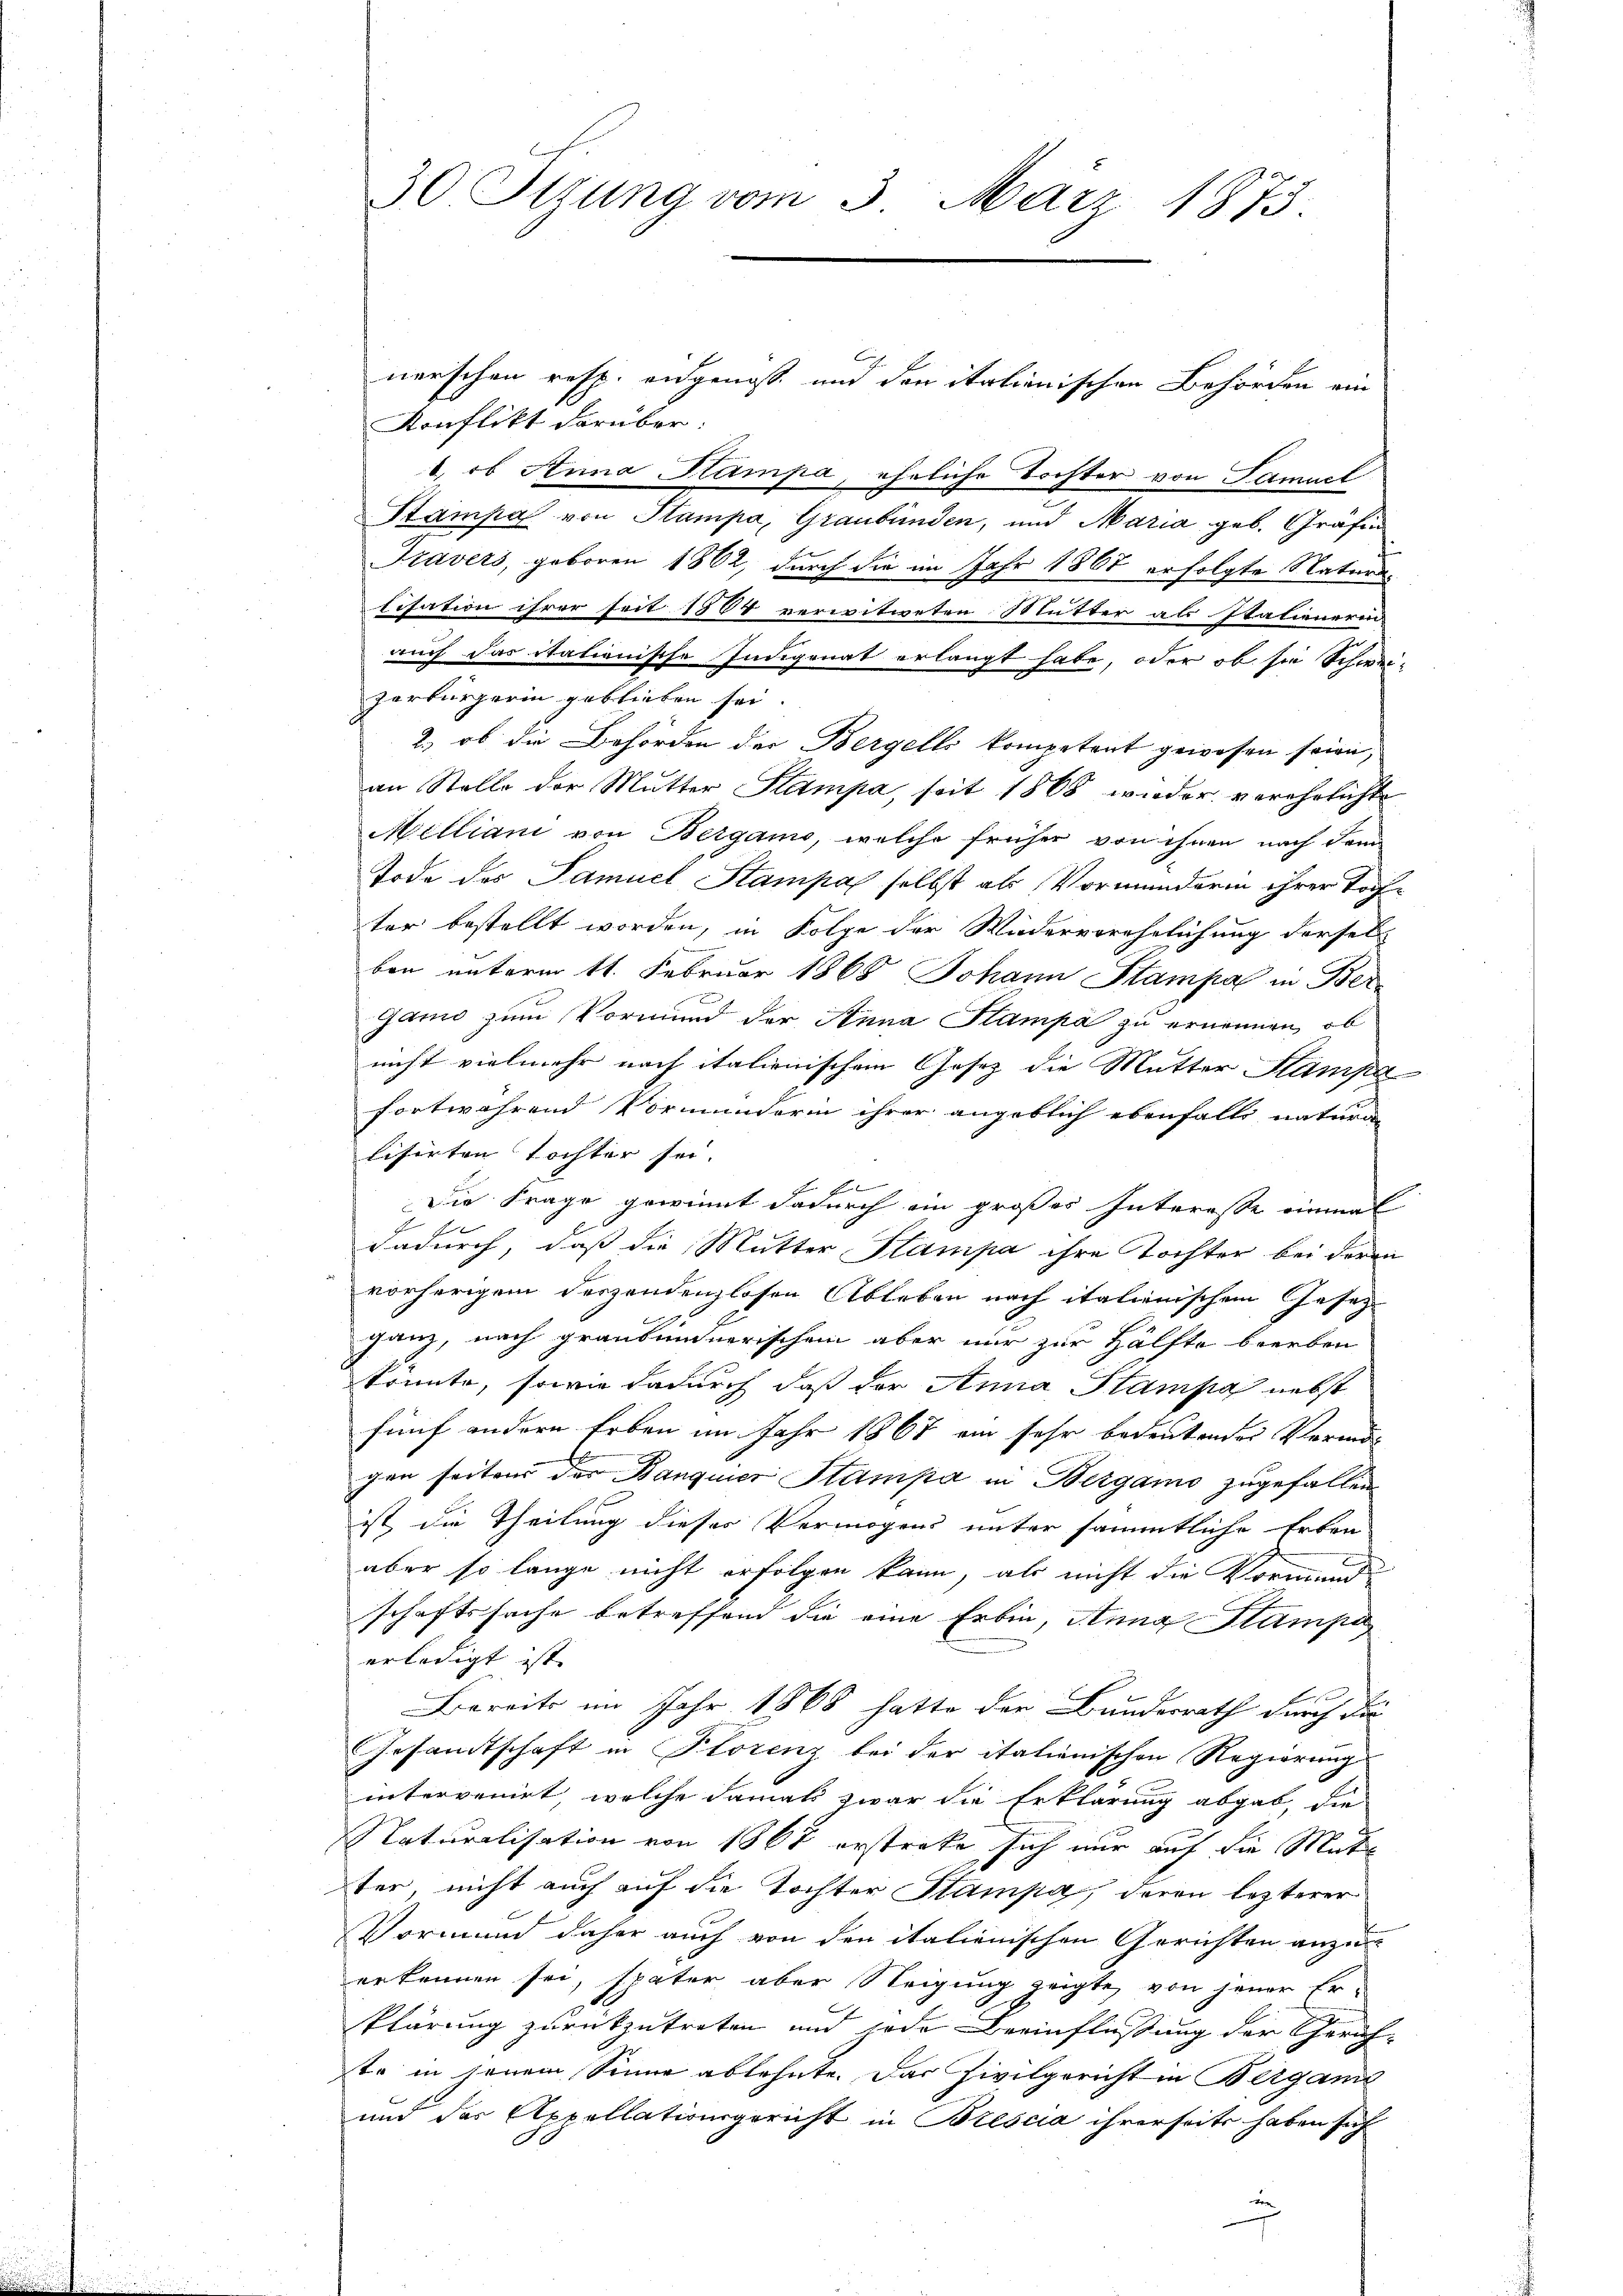
nerschen resp. eidgenoss und den italienischen Behörden ein
Konflikt darüber.
1., ob Anna Stampa, eheliche Tochter von Samuel
Stampa von Stampa, Graubünden, und Maria geb. Gräfin
Kavers, geboren 1862, durch die im Jahr 1867 erfolgte Natura¬
Eisation ihrer seit 1804 verwitweten Mutter als Stationerin
auch das itationische Indigenat erlangt habe, oder ob sie Schwei-
zerbürgerin geblieben sei.
2., ob die Behörden der Bergells kompetent gewesen seien,
an Stelle der Mutter Stampa, seit 1868 wieder verehelichte
Milliani von Bergamo, welche früher von ihnen nach dem
Tode des Samuel Stampal selbst als Vormunderin ihrer Tochter bestellt worden, in Folge der Wiederverehelichung dersel-
ben unterm 11. Februar 1868 Johann Stampal in Ber
Ganio zum Vormund der Anna Stampa zu ernennen, ob
nicht vielmehr nach italienischem Gesetz die Mutter Stampa
fortwährend Vormunderin ihrer angeblich ebenfalls natura
lisirten Tochter sei.
F
Die Frage gewinnt dadurch ein großes Interesse einmal
dadurch, daß die Mutter Stampa ihre Tochter bei deren
vorherigem derzendenzlosen Ableben nach italienischem Gesetz
h
ganz, nach graubündnerischem aber mir zur Hälfte beerben
könnte, sowie dadurch daß der Anna Stampa nebst
fünf andern Erben im Jahr 1867 ein sehr bedeutendes Vermögen seitens der Banquier Stampa in Bergamo zugefallen
ist die Theilung dieses Vermögens unter sämmtliche Erben
aber so lange nicht erfolgen kann, als nicht die Vormund-
schaftssache betreffend die eine Erbin, Anna Stampa
erledigt ist. |
Bereits im Jahr 1868 hatte der Bundesrath durch die
Gesandtschaft in Florenz bei der italienischen Regierung
intervenirt, welche damals zwar die Erklärung abgab, die
Naturalisation von 1868 erstreke sich nur auf die Mate
ter nicht auch auf die Tochter Stampa, deren lezterer
Vormund daher auch von den italienischen Gerichten anzuerkennen sei, später aber Neigung zeigte, von jener Er-
klärung zurückzutreten und jede Beeinflußung der Gerichte in seinem Sinne ablehnte. Das Zivilgericht in Bergan
und der Appellationsgericht in Brescia ihrerseits haben sich
ten

30 Sizung vom 3. März 1873.